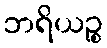
ဘရိယဉ္စ